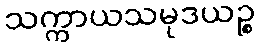
သက္ကာယသမုဒယဉ္စ